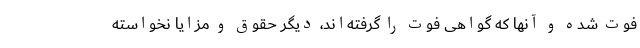
فوت شده و آنها که گواهی فوت را گرفته‌اند، دیگر حقوق و مزایا نخواسته